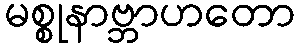
မစ္စုနာဗ္ဘာဟတော